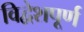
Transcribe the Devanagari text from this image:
विद्वेशपूर्ण